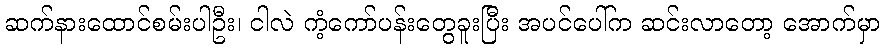
ဆက်နားထောင်စမ်းပါဦး၊ ငါလဲ ကံ့ကော်ပန်းတွေခူးပြီး အပင်ပေါ်က ဆင်းလာတော့ အောက်မှာ